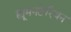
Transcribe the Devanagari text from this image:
ह्यूमनटेरियन